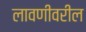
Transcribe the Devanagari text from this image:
लावणीवरील